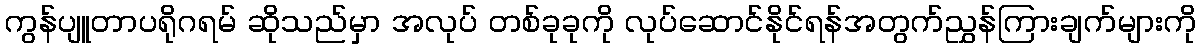
ကွန်ပျူတာပရိုဂရမ် ဆိုသည်မှာ အလုပ် တစ်ခုခုကို လုပ်ဆောင်နိုင်ရန်အတွက်ညွှန်ကြားချက်များကို